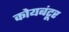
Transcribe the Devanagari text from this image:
कोयबंटूर